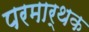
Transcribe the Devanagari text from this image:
परमार्थक